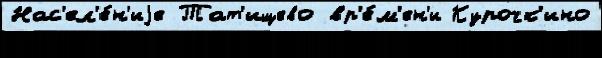
Нас'ел'е́н'иjе Тат'ищево вр'е́м'ен'и Курочк'ино